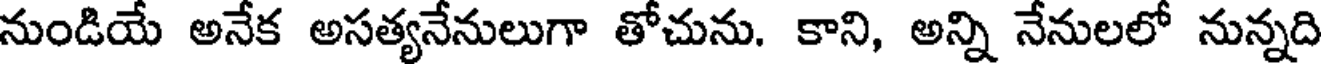
నుండియే అనేక అసత్యనేనులుగా తోచును. కాని, అన్ని నేనులలో నున్నది